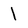
Character: 1